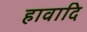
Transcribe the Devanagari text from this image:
हावादि